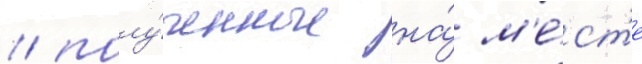
/ полу́ченные на́ м'е́ст'е